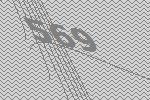
569